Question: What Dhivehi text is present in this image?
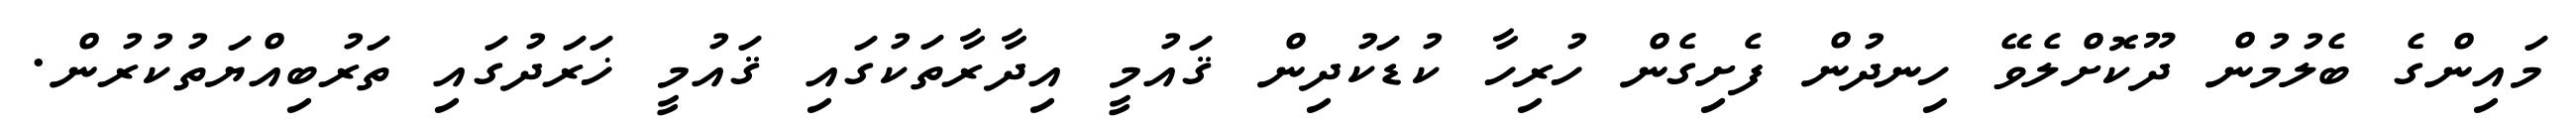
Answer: މައިންގެ ބެލުމުން ދޫކޮށްލެވޭ ހިނދުން ފެށިގެން ހުރިހާ ކުޑަކުދިން ޤައުމީ އިދާރާތަކުގައި ޤައުމީ ޚަރަދުގައި ތަރުބިއްޔަތުކުރުން.